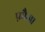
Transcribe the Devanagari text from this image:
फ़ौजा